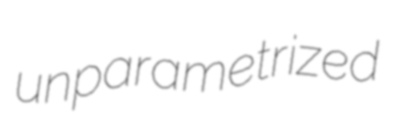
unparametrized